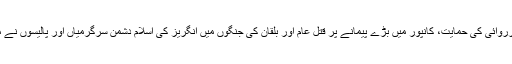
تریپولی میں اٹلی کی کارروائی کی حمایت، کانپور میں بڑے پیمانے پر قتل عام اور بلقان کی جنگوں میں انگریز کی اسلام دشمن سرگرمیاں اور پالیسوں نے مخالفت کو مزید ہوا دی۔